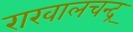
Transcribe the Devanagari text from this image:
राखालचन्द्र